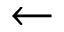
\gets